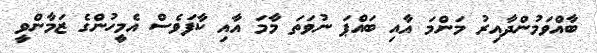
ބާއްވަމުންދާއިރު މަންމަ އާއި ބައްޕަ ނުވަތަ މާމަ އާއި ކާފަވެސް އެމީހުންގެ ޒަމާންވީ